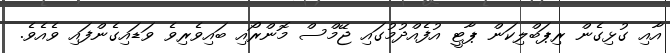
އާއި ގުޅިގެން ރިޕަބްލިކަން ޕާޓީ އުފެއްދުމުގައި ޖޭމްސް މޮންރޯއި ބައިވެރިވެ ވަޑައިގެންފައި ވެއެވެ.